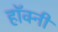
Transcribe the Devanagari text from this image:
हॉक्नी